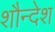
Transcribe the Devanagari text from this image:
शौन्देश